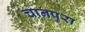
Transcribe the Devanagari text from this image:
चानपुरा